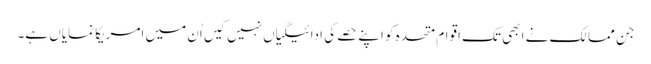
جن ممالک نے ابھی تک اقوام متحدہ کو اپنے حصے کی ادائیگیاں نہیں کیں اُن میں امریکا نمایاں ہے۔